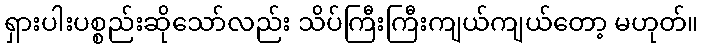
ရှားပါးပစ္စည်းဆိုသော်လည်း သိပ်ကြီးကြီးကျယ်ကျယ်တော့ မဟုတ်။